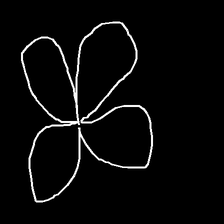
Glyph: billowing